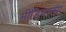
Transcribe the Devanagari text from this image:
मीडियात्मा